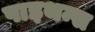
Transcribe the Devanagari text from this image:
पाइथन्स